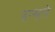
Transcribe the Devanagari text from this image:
डन्स्टने